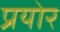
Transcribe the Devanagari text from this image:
प्रयोर